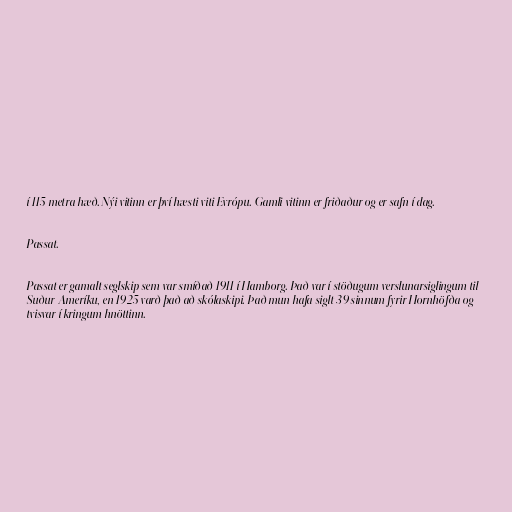
í 115 metra hæð. Nýi vitinn er því hæsti viti Evrópu. Gamli vitinn er friðaður og er safn í dag.

Passat.

Passat er gamalt seglskip sem var smíðað 1911 í Hamborg. Það var í stöðugum verslunarsiglingum til
Suður-Ameríku, en 1925 varð það að skólaskipi. Það mun hafa siglt 39 sinnum fyrir Hornhöfða og
tvisvar í kringum hnöttinn.